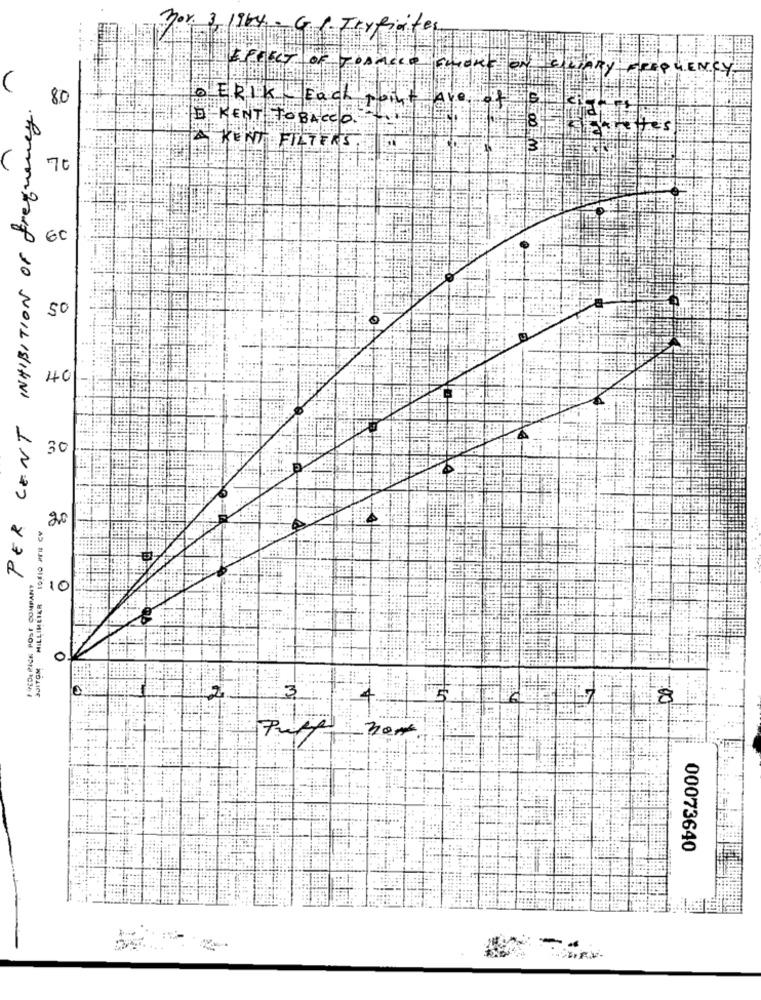
196
EFFECT OF
REQUENCY
PER CENT INHIBITION OF Frequency.
80
D KENT TOBACCO.
ERIK Each I
8
es
KENT FILTERS
70
60
SO
40
30
20
FREDERICK POST COMPANY
:10
MILLIMEIER
3JITGM
3
4.
17
8
00073640